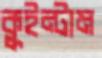
কুইন্টাম